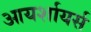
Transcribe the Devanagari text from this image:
आयर्शायर्स